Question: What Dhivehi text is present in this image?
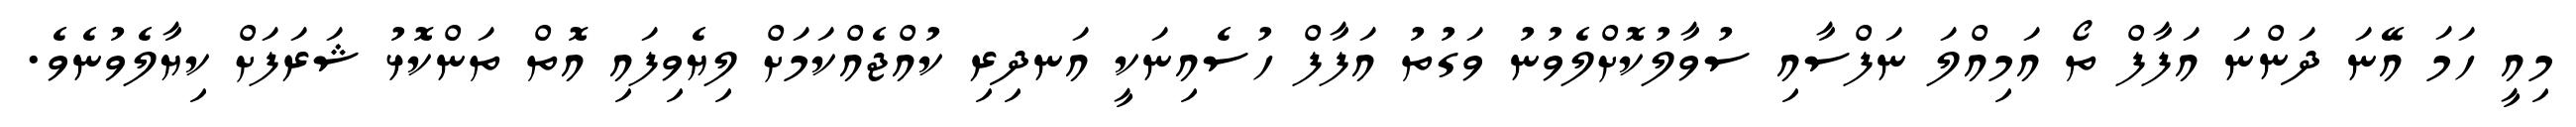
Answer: މިއީ ހަމަ އޭނަ ދަންނަ އަފާފް ތޯ އަމިއްލަ ނަފްސާއި ސުވާލުކޮށްލެވުނު ވަގުތު އަފާފް ހުސެއިނަކީ އަނދިރި ކުއްޖެއްކަމަށް ލިޔެވިފައި އޮތް ތަންކޮޅު ޝަރަފަށް ކިޔާލެވުނެވެ.